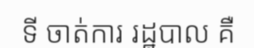
ទី ចាត់ការ រដ្ឋបាល គឺ